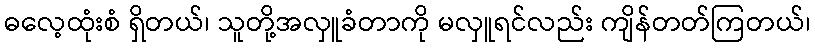
ဓလေ့ထုံးစံ ရှိတယ်၊ သူတို့အလှူခံတာကို မလှူရင်လည်း ကျိန်တတ်ကြတယ်၊